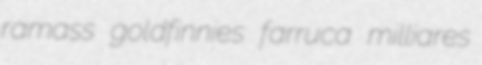
ramass goldfinnies farruca milliares